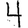
Digit: 4